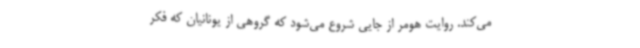
می‌کند. روایت هومر از جایی شروع می‌شود که گروهی از یونانیان که فکر